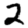
Digit: 2